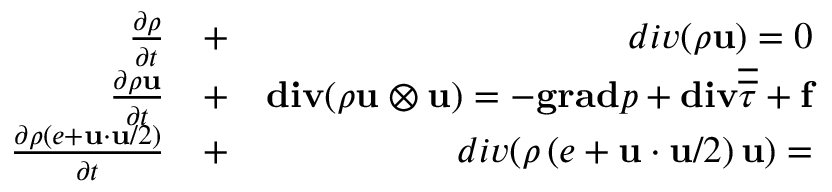
\begin{array} { r l r } { \frac { \partial \rho } { \partial t } } & { { } + } & { d i v ( \rho \mathbf { u } ) = 0 } \\ { \frac { \partial \rho \mathbf { u } } { \partial t } } & { { } + } & { \mathbf { d i v } ( \rho \mathbf { u } \otimes \mathbf { u } ) = - \mathbf { g r a d } p + \mathbf { d i v } \overline { { \overline { { \tau } } } } + \mathbf { f } } \\ { \frac { \partial \rho ( e + \mathbf { u } \cdot \mathbf { u } / 2 ) } { \partial t } } & { { } + } & { d i v ( \rho \, ( e + \mathbf { u } \cdot \mathbf { u } / 2 ) \, \mathbf { u } ) = } \end{array}